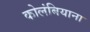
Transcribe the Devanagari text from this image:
कोलंबियाना